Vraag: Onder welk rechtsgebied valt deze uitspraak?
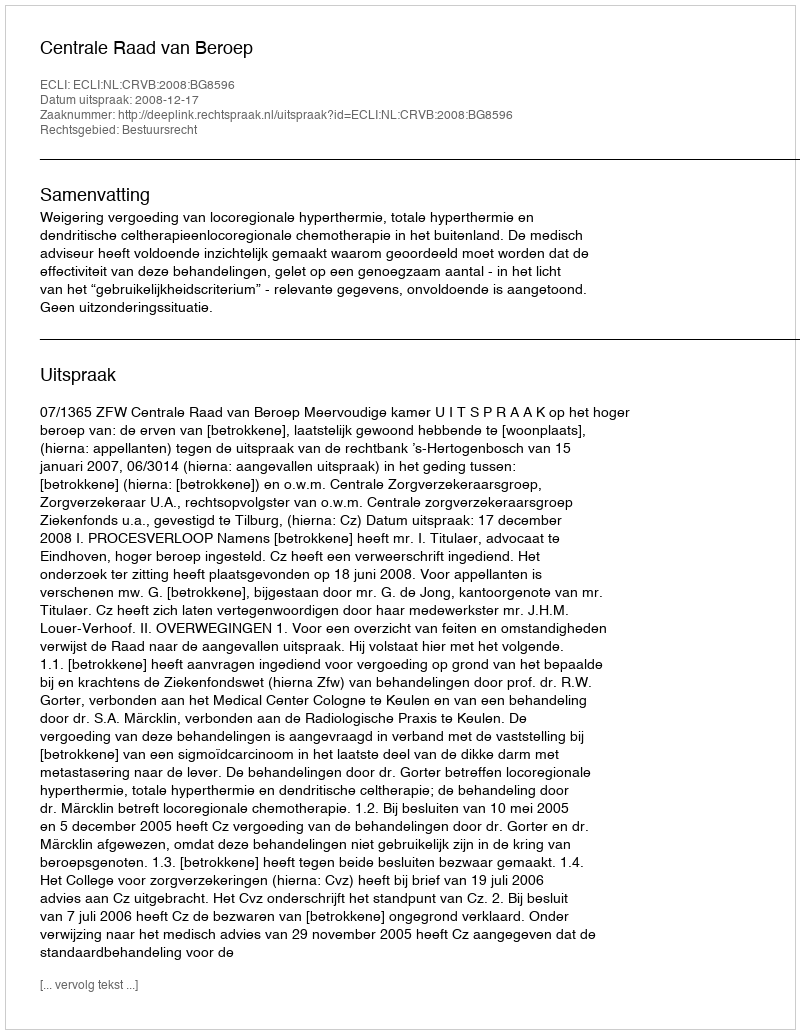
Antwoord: Bestuursrecht